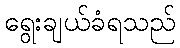
ရွေးချယ်ခံရသည်